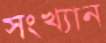
সংখ্যান